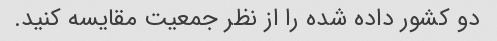
دو کشور داده شده را از نظر جمعیت مقایسه کنید.